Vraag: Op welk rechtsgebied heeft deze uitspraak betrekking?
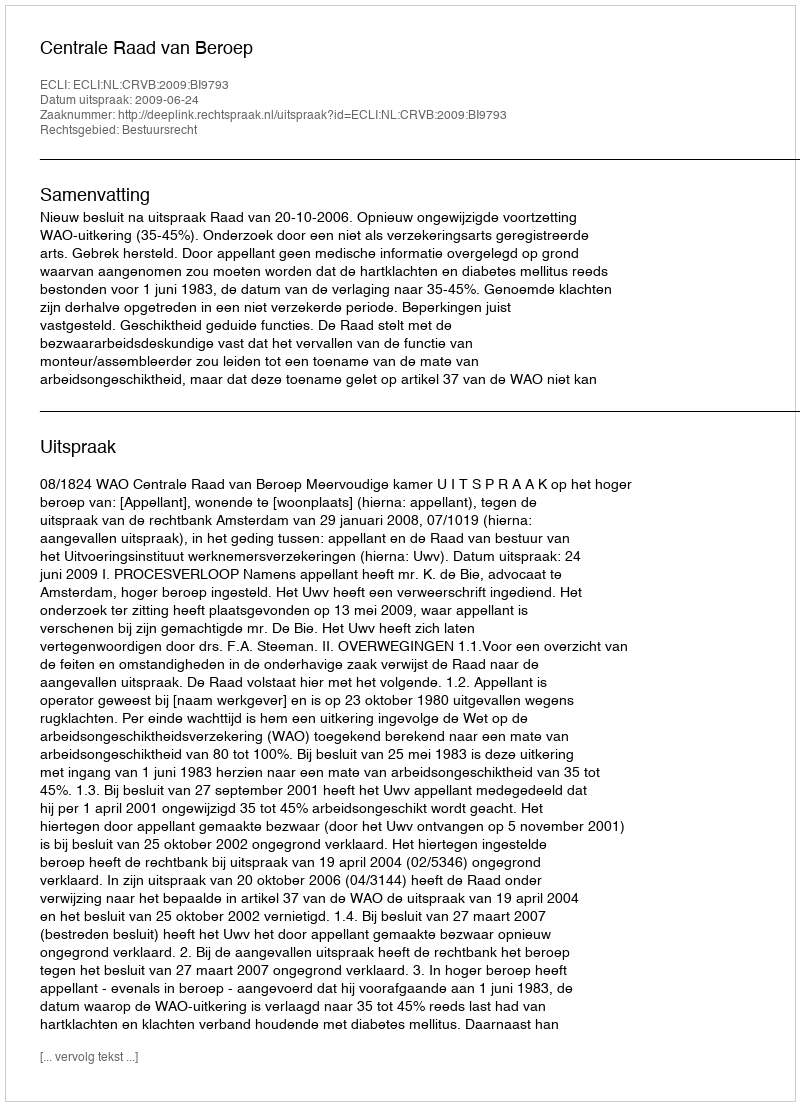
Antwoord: Bestuursrecht